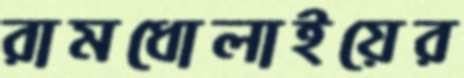
রামধোলাইয়ের